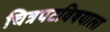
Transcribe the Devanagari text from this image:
चित्रपटविषयाला